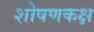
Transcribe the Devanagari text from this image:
शोषणकक्ष